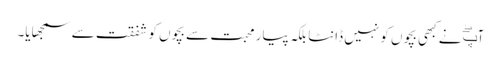
آپۖ نے کبھی بچوں کو نہیں ڈانٹا بلکہ پیار محبت سے بچوں کو شفقت سے سمجھایا۔